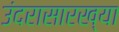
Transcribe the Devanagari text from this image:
उंदरासारख्या